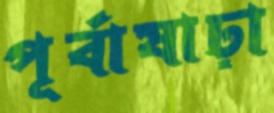
পূর্বাষাঢ়া